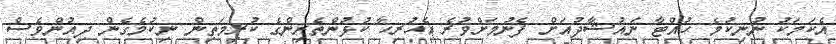
އެކަމަކު ނުނިކުމެ ހުއްޓާ ނައުޝާދުއަށް ފެނުމަށްވުރެ އެހުރިހާ ކުޅުންތެރިންގެ ކުރިމަތިން ނިކުމެގެން ދިއުންވެސް